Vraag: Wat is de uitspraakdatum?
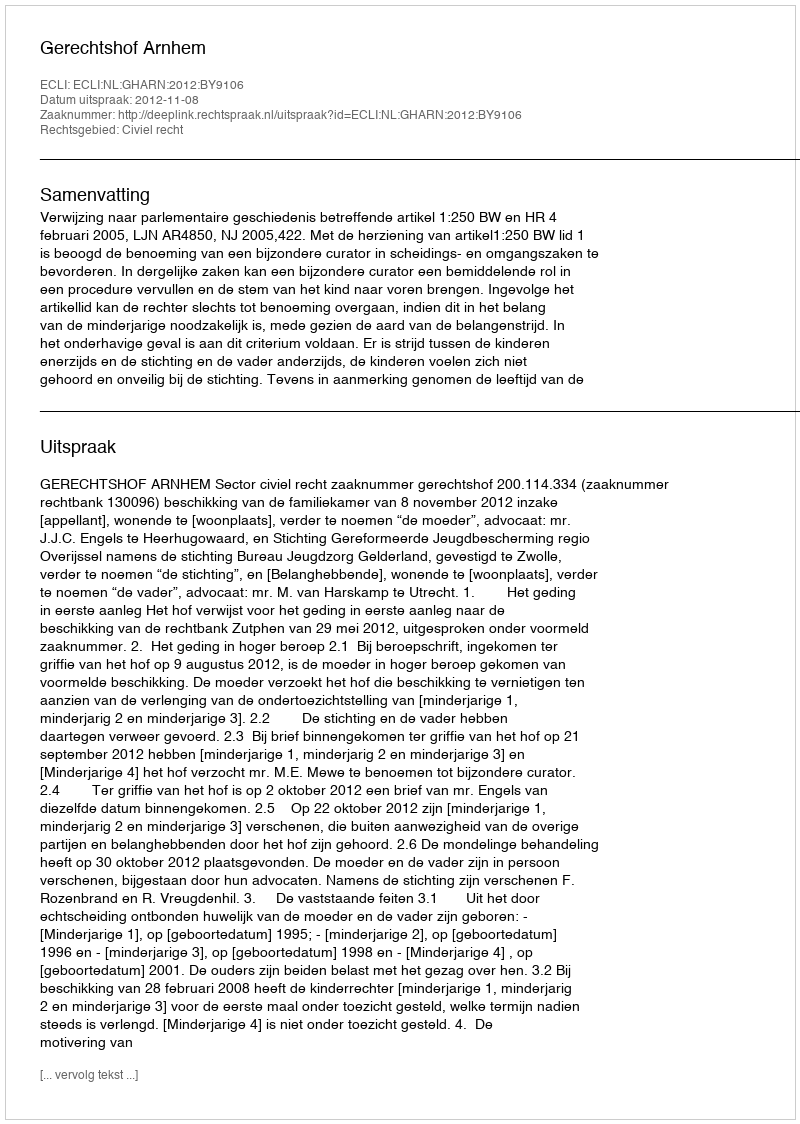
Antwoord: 2012-11-08